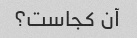
آن کجاست؟